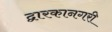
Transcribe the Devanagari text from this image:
द्वारकानगरी